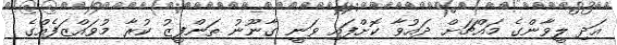
އަދި ލީވާންގެ މައްޗަށް ދައުވާ ކޮށްފައި ވަނީ ގާނޫނު ތަންފީޒު ކުރާ މުވައްޒަފެއްގެ